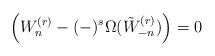
LaTeX: \begin{align*}\left(W^{(r)}_{n} - (-)^s \Omega(\tilde W^{(r)}_{-n}) \right) = 0\end{align*}